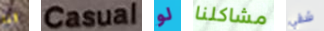
انا Casual لو مشاكلنا شقي